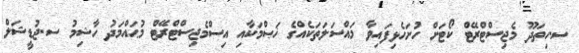
ސ.ހިތަދޫ މެޖިސްޓްރޭޓް ކޯޓަށް ހުށަހެޅިފައިވާ މައްސަލަތަކެއްގެ ޚަޞްމަކާއި އިސްމެޖިސްޓްރޭޓް މުޙައްމަދު ހާޝިމު ސ.ޖުޑީޝަލް